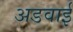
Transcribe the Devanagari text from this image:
अडवाई